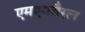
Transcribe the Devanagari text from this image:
एमएमबैरल